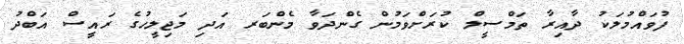
ފުވައްމުލަކު ދާއިރާ ތަމްސީލް ކުރަށްވަމުން ގެންދަވާ މެންބަރ އަދި މަޖިލީހުގެ ރައީސް އަބްދު